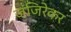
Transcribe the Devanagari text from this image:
जंजिरेकर